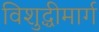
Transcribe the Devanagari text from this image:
विशुद्धीमार्ग